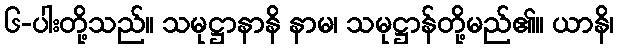
၆-ပါးတို့သည်။ သမုဋ္ဌာနာနိ နာမ၊ သမုဋ္ဌာန်တို့မည်၏။ ယာနိ၊